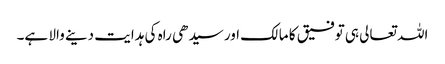
اللہ تعالی ہی توفیق کا مالک اور سیدھی راہ کی ہدایت دینے والا ہے۔